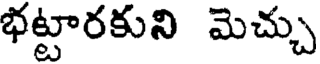
భట్టారకుని మెచ్చు